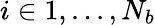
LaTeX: i\in{1,...,N_{b}}